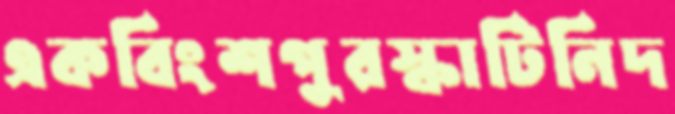
একবিংশপুরস্কাটিনিদ